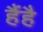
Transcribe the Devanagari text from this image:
हैंहै